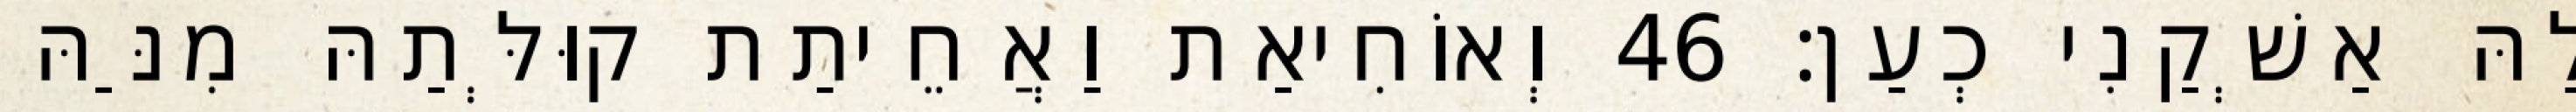
לַהּ אַשְׁקַנִי כְעַן׃ 46 וְאוֹחִיאַת וַאֲחֵיתַת קוּלְּתַהּ מִנַּהּ